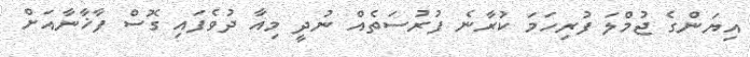
އިޔަންގެ ޖުމްލަ ފުރިހަމަ ކުރާނެ ފުރުސަތެއް ނުދީ މިއާ ދުވެފައި ގޮސް ފާޚާނާއަށް